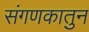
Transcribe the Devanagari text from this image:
संगणकातुन